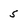
Character: 5